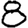
Digit: 8